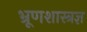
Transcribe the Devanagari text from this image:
भ्रूणशास्त्रज्ञ